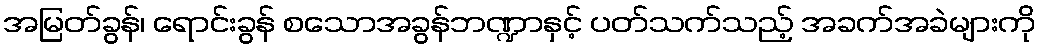
အမြတ်ခွန်၊ ရောင်းခွန် စသောအခွန်ဘဏ္ဍာနှင့် ပတ်သက်သည့် အခက်အခဲများကို